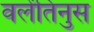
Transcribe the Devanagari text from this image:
वलेंतिनुस